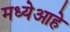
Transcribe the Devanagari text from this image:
मध्येआहे